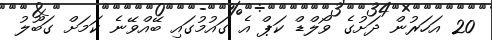
20 އަހަރުން ދަށުގެ ވޯލްޑް ކަޕް އެ ގައުމުގައި ބޭއްވޭނެ ކަމަށް ގަބޫލު